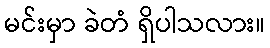
မင်းမှာ ခဲတံ ရှိပါသလား။